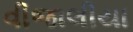
વીજાલીયા